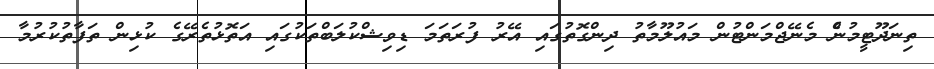
ތިނަދޫޓީމުުންެ މެނޭޖްމަންޓުން މައުލޫމާތު ދިންގޮތުގައި އޭރު ފުރަތަމަ ޑިވިޝްކުލަބްތަކުގައި އަތޮޅުތެރޭގެ ކުޅިން ތަފާތުކުރުމާ